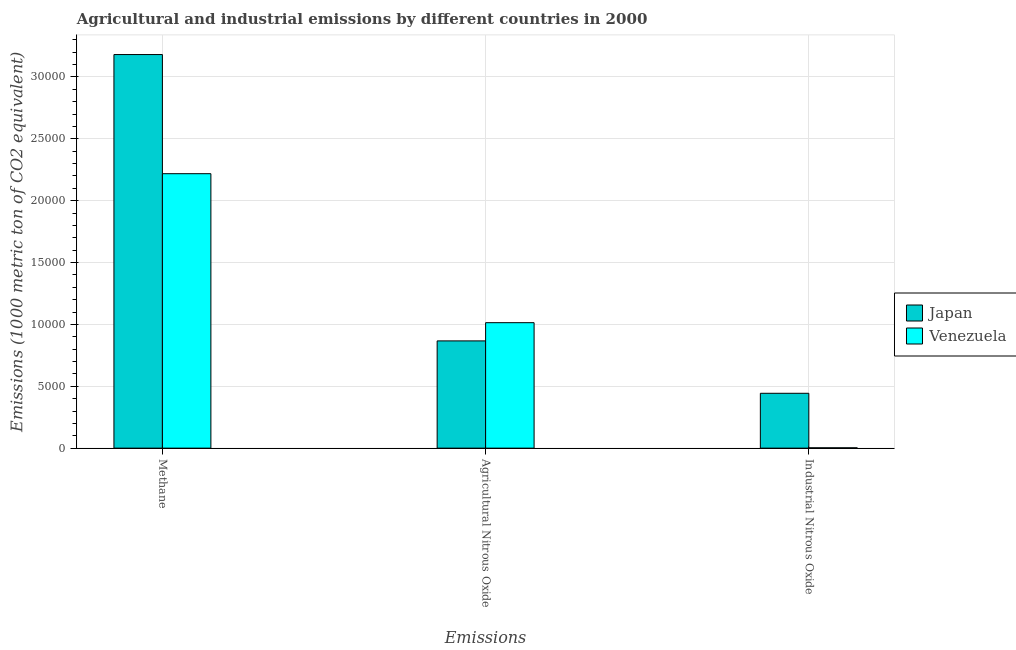
| Emissions | Japan | Venezuela |
 | --- | --- | --- |
 | Methane | 3.18e+04 | 2.22e+04 |
 | Agricultural Nitrous Oxide | 8.67e+03 | 1.01e+04 |
 | Industrial Nitrous Oxide | 4.43e+03 | 27.9 |